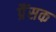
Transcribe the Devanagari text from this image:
प्रैंसक